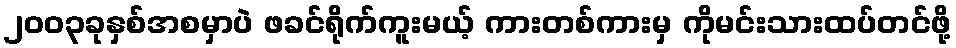
၂၀၀၃ခုနှစ်အစမှာပဲ ဖခင်ရိုက်ကူးမယ့် ကားတစ်ကားမှ ကိုမင်းသားထပ်တင်ဖို့